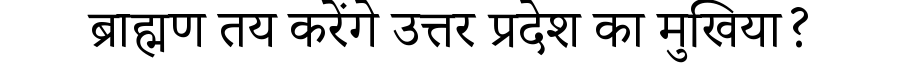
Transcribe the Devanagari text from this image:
ब्राह्मण तय करेंगे उत्तर प्रदेश का मुखिया?